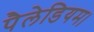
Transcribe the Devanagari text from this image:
पैलेडियम।